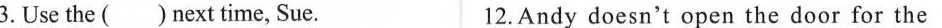
3.Use the ( )next time, Sue. 12.Andy doesn't open the door for the